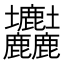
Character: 𡔚